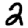
Digit: 2